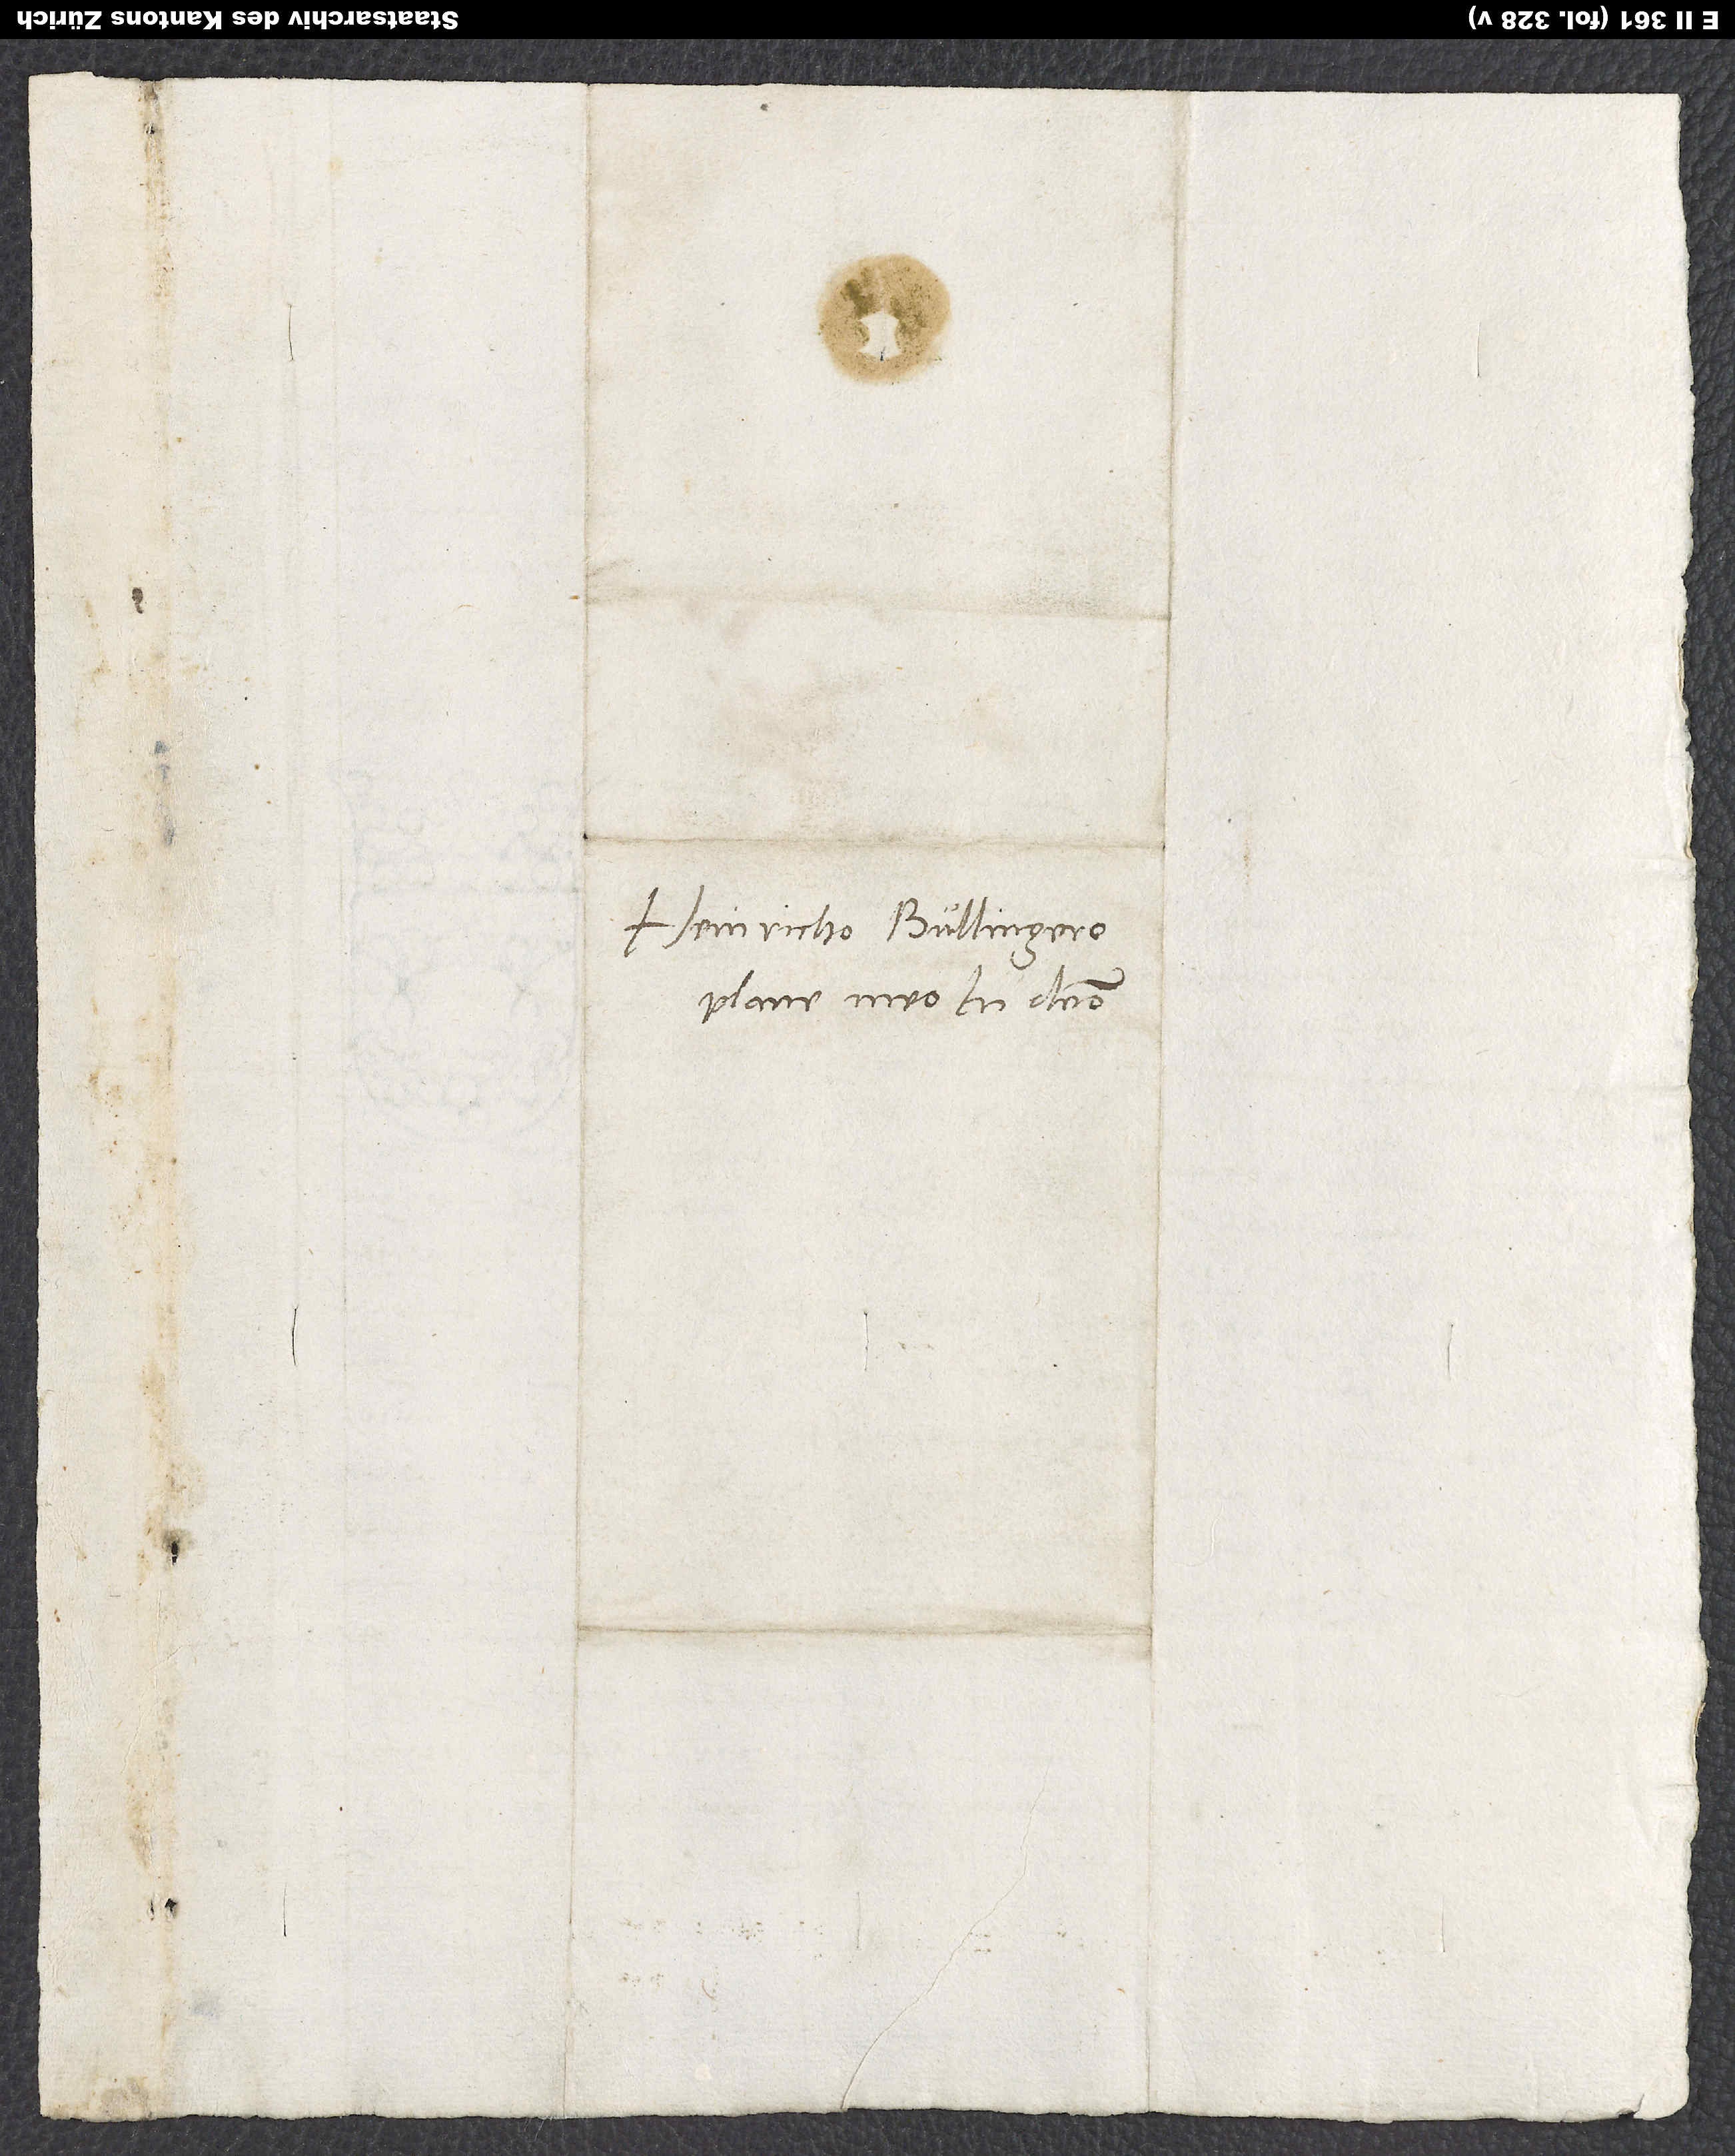
Heinricho Bullingero
plane meo in domino.